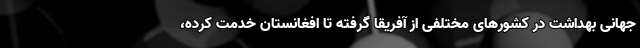
جهانی بهداشت در کشورهای مختلفی از آفریقا گرفته تا افغانستان خدمت کرده،